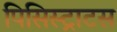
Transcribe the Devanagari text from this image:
पिसिस्ट्राटस